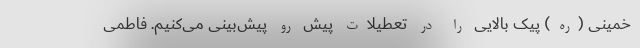
خمینی (ره) پیک بالایی را در تعطیلات پیش ‌رو پیش‌بینی می‌کنیم. فاطمی